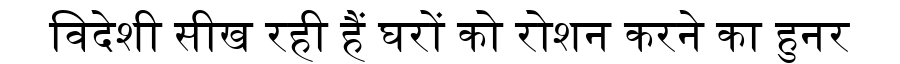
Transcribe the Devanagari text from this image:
विदेशी सीख रही हैं घरों को रोशन करने का हुनर